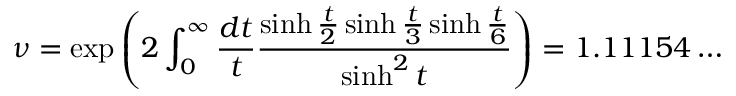
\nu = \exp \left( 2 \int _ { 0 } ^ { \infty } \frac { d t } { t } \frac { \sinh \frac { t } { 2 } \sinh \frac { t } { 3 } \sinh \frac { t } { 6 } } { \sinh ^ { 2 } t } \right) = 1 . 1 1 1 5 4 \ldots